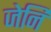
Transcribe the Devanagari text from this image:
जेनि